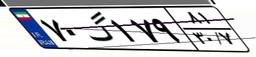
۰۳گ۳۵۳۵۱